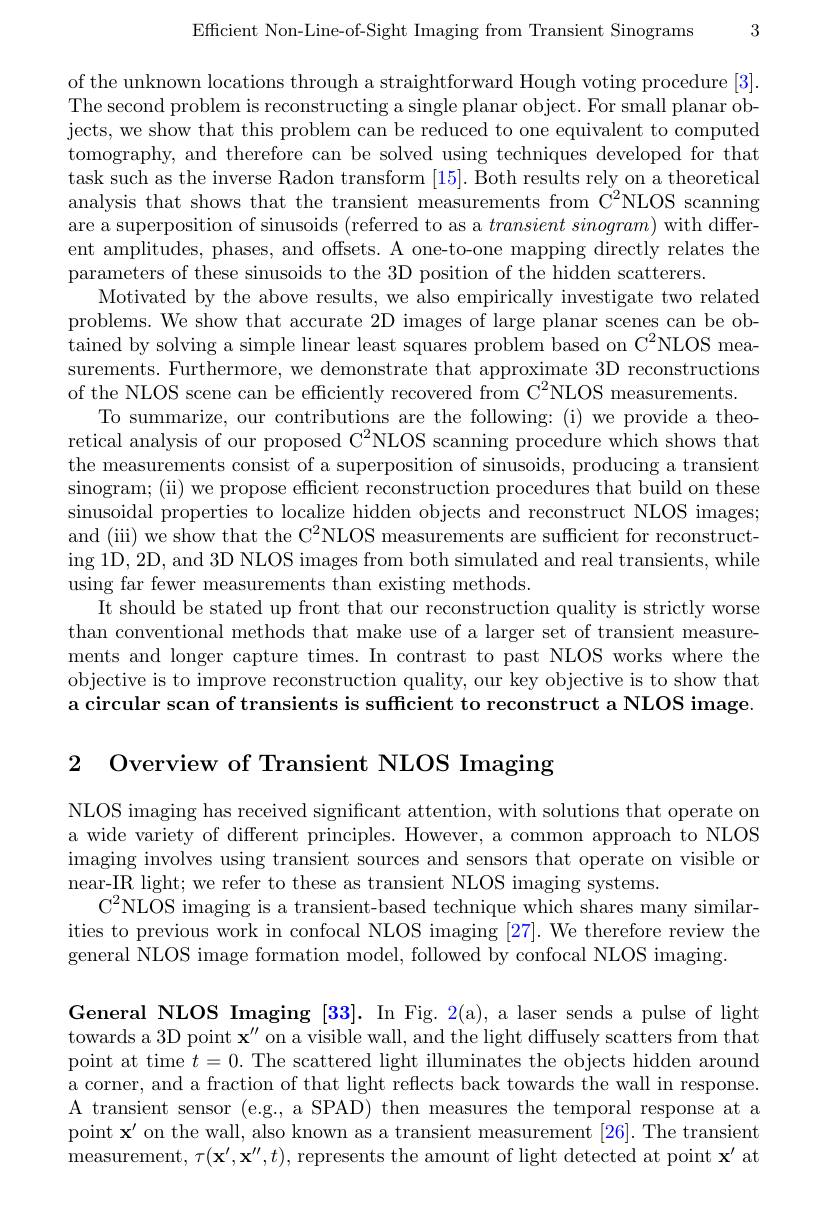
Efficient Non-Line-of-Sight Imaging from Transient Sinograms 3

of the unknown locations through a straightforward Hough voting procedure [3]. The second problem is reconstructing a single planar object. For small planar objects, we show that this problem can be reduced to one equivalent to computed tomography, and therefore can be solved using techniques developed for that task such as the inverse Radon transform [15]. Both results rely on a theoretical analysis that shows that the transient measurements from C$^2$NLOS scanning are a superposition of sinusoids (referred to as a $transient\textit{sinogram) with differ- }$ ent amplitudes, phases, and offsets. A one-to-one mapping directly relates the parameters of these sinusoids to the 3D position of the hidden scatterers.
Motivated by the above results, we also empirically investigate two related problems. We show that accurate 2D images of large planar scenes can be obtained by solving a simple linear least squares problem based on $C^2$NLOS mea- surements. Furthermore, we demonstrate that approximate 3D reconstructions of the NLOS scene can be efficiently recovered from C$^2$NLOS measurements.
To summarize, our contributions are the following: (i) we provide a theoretical analysis of our proposed C$^2$NLOS scanning procedure which shows that the measurements consist of a superposition of sinusoids, producing a transient sinogram; (ii) we propose efficient reconstruction procedures that build on these sinusoidal properties to localize hidden objects and reconstruct NLOS images; and (iii) we show that the C$^2$NLOS measurements are sufficient for reconstructing 1D, 2D, and 3D NLOS images from both simulated and real transients, while using far fewer measurements than existing methods.
It should be stated up front that our reconstruction quality is strictly worse than conventional methods that make use of a larger set of transient measurements and longer capture times. In contrast to past NLOS works where the objective is to improve reconstruction quality, our key objective is to show that a circular scan of transients is sufficient to reconstruct a NLOS image.

2 Overview of Transient NLOS Imaging

NLOS imaging has received significant attention, with solutions that operate on a wide variety of different principles. However, a common approach to NLOS imaging involves using transient sources and sensors that operate on visible or near-IR light; we refer to these as transient NLOS imaging systems.
C$^2$NLOS imaging is a transient-based technique which shares many similarities to previous work in confocal NLOS imaging [27]. We therefore review the general NLOS image formation model, followed by confocal NLOS imaging.

General NLOS Imaging [33]. In Fig. 2(a), a laser sends a pulse of light towards a 3D point $\mathbf{x}^{\prime\prime}$ on a visible wall, and the light diffusely scatters from that point at time $t=0.$ The scattered light illuminates the objects hidden around a corner, and a fraction of that light reflects back towards the wall in response. A transient sensor (e.g., a SPAD) then measures the temporal response at a point $\mathbf{x}^{\prime}$ on the wall, also known as a transient measurement [26]. The transient measurement, $\tau(\mathbf{x}^{\prime},\mathbf{x}^{\prime\prime},t)$, represents the amount of light detected at point $\mathbf{x}^\prime$ at